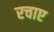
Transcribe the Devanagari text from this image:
रचाए